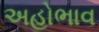
અહોભાવ